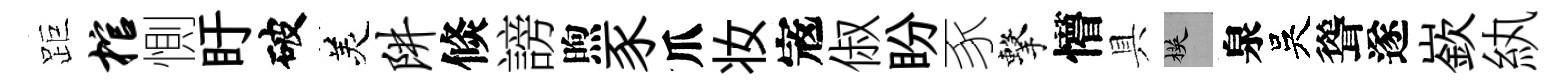
距棺惻盱破羙阱倐謗煦豕爪妆𡨥俶盼豕擊懵具楧泉吳聳遂嶔紈